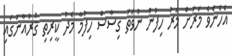
އެހެންވެ މަރަށް މަރު ހިފުން ނުވަތަ ގިސާސް ހިފުމާ މެދު ކީރިތި ޤުރުއާނުގައި